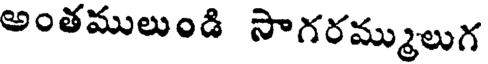
అంతములుండి సాగరమ్ములుగ